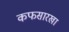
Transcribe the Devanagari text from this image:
कफसारखा